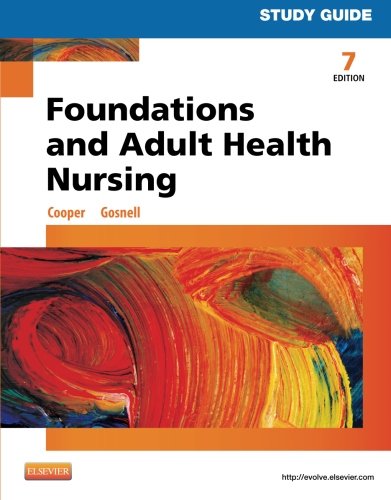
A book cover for Study Guide for Foundations and Adult Health Nursing, 7e; Kim Cooper RN  MSN; Medical Books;